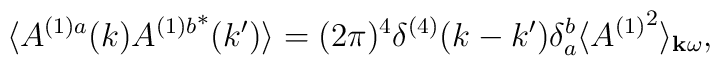
\langle A^{(1)a}(k){A^{(1)b}}^*(k')\rangle =(2\pi)^4\delta^{(4)}(k-k')\delta_a^b\langle {A^{(1)}}^2\rangle_{{\bf k}\omega} ,